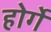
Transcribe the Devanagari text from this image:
होर्गे